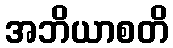
အဘိယာစတိ